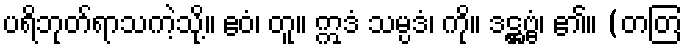
ပရိဘုတ်ရာသကဲ့သို့။ ဧဝံ၊ တူ။ ဣဒံ သမ္ပဒံ၊ ကို။ ဒဋ္ဌဗ္ဗံ၊ ၏။ (တတြ